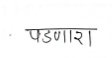
मजकूर: पडणारा